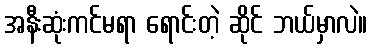
အနီးဆုံးကင်မရာ ရောင်းတဲ့ ဆိုင် ဘယ်မှာလဲ။